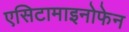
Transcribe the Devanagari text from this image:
एसिटामाइनोफेन